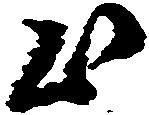
出